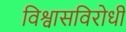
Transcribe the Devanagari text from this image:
विश्वासविरोधी